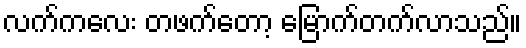
လက်ကလေး တဖက်တော့ မြောက်တက်လာသည်။